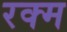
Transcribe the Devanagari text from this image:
रक्म